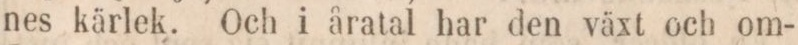
nes kärlek. Och i åratal har den växt och om-